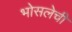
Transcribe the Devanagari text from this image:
भोसलेची